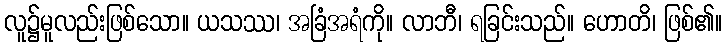
လူ၌မူလည်းဖြစ်သော။ ယသဿ၊ အခြံအရံကို။ လာဘီ၊ ရခြင်းသည်။ ဟောတိ၊ ဖြစ်၏။